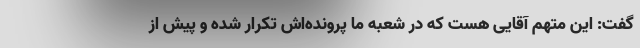
گفت: این متهم آقایی هست که در شعبه ما پرونده‌اش تکرار شده و پیش از